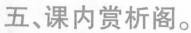
五、课内赏析阁。